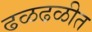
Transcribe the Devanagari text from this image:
ढळढळीत